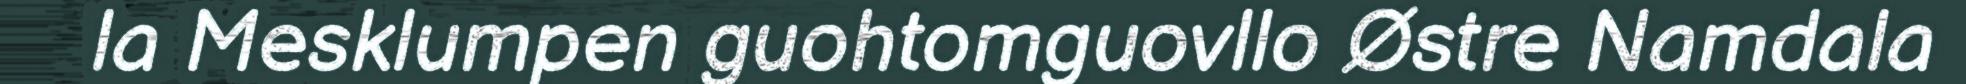
la Mesklumpen guohtomguovllo Østre Namdala